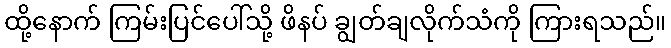
ထို့နောက် ကြမ်းပြင်ပေါ်သို့ ဖိနပ် ချွတ်ချလိုက်သံကို ကြားရသည်။